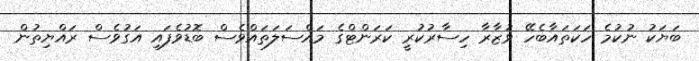
ބަޔަކު ނުކުމެ ހަކަތައާބެހޭ ވުޒާރާ ހިސާރުކުރީ ކަރަންޓްގެ މައްސަލަތައްވެސް ބޮޑުވެފައި އަގުވެސް ރައްޔިތުން